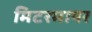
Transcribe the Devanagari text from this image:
मिटरमायर